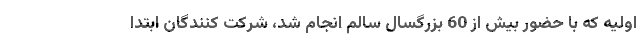
اولیه که با حضور بیش از 60 بزرگسال سالم انجام شد، شرکت کنندگان ابتدا